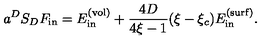
a ^ { D } S _ { D } F _ { \mathrm { i n } } = E _ { \mathrm { i n } } ^ { \mathrm { ( v o l ) } } + \frac { 4 D } { 4 \xi - 1 } ( \xi - \xi _ { c } ) E _ { \mathrm { i n } } ^ { \mathrm { ( s u r f ) } } .